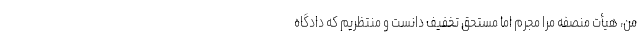
من، هیأت منصفه مرا مجرم اما مستحق تخفیف دانست و منتظریم که دادگاه